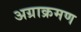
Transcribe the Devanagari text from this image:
अग्राक्रमण